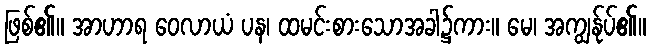
ဖြစ်၏။ အာဟာရ ဝေလာယံ ပန၊ ထမင်းစားသောအခါ၌ကား။ မေ၊ အကျွန်ုပ်၏။